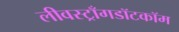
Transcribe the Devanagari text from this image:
लीवस्ट्राँगडॉटकॉम